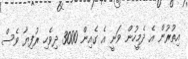
އިތުރުން އެ ދެމީހުން ވަނީ އެ ގެއިން 3000 ދިވެހި ރުފިޔާ ވެސް